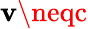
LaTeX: \mathbf{v}\neqc